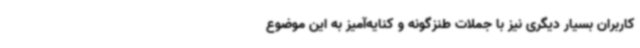
کاربران بسیار دیگری نیز با جملات طنزگونه و کنایه‌آمیز به این موضوع